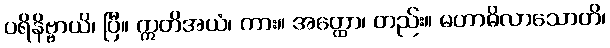
ပရိနိဗ္ဗာယိ၊ ပြီ။ ဣတိအယံ၊ ကား။ အတ္ထော၊ တည်း။ မဟာဓိလာသောတိ၊